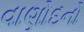
વાણોદનો